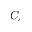
C _ { c }